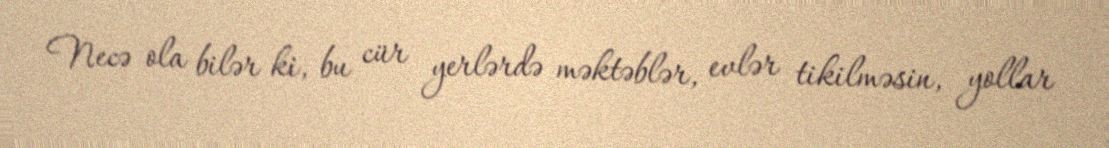
Necə ola bilər ki, bu cür yerlərdə məktəblər, evlər tikilməsin, yollar